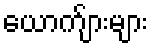
ယောက်ျားများ